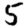
Digit: 5